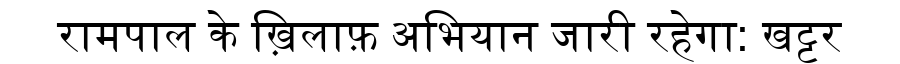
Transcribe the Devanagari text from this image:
रामपाल के ख़िलाफ़ अभियान जारी रहेगा: खट्टर